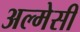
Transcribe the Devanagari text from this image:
अल्मेसी